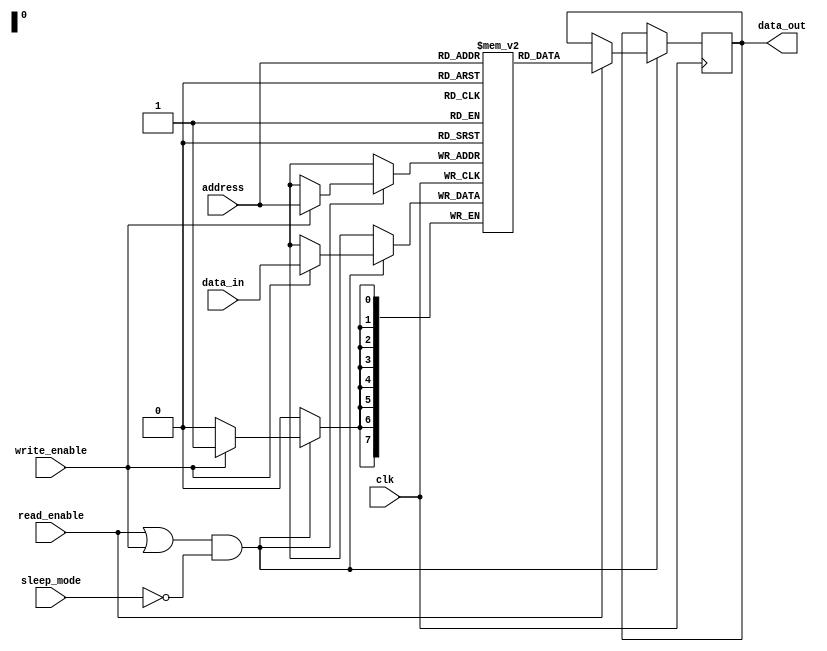
module MemoryBlock (
    input wire clk,                  // Main clock signal
    input wire read_enable,          // Read enable signal
    input wire write_enable,         // Write enable signal
    input wire sleep_mode,           // Sleep mode signal
    input wire [7:0] address,        // Address for memory access
    input wire [7:0] data_in,        // Data input for write operations
    output reg [7:0] data_out        // Data output for read operations
);

    // Memory array definition (8-bit wide, 256 deep)
    reg [7:0] memory_array [0:255];

    // Clock enable signal
    wire clk_en;

    // Clock gating logic
    assign clk_en = (read_enable || write_enable) && !sleep_mode;

    // Memory operation
    always @(posedge clk) begin
        if (clk_en) begin
            if (write_enable) begin
                memory_array[address] <= data_in; // Write operation
            end
            if (read_enable) begin
                data_out <= memory_array[address]; // Read operation
            end
        end
    end

endmodule